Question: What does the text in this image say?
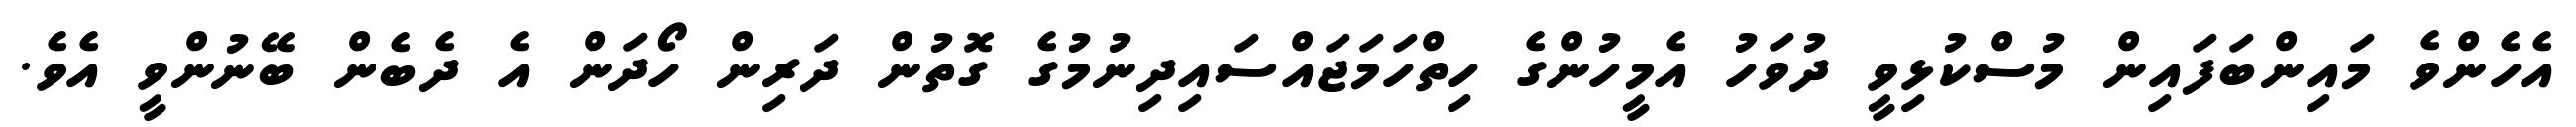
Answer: އެހެންވެ މައިންބަފައިން މުސްކުޅިވީ ދުވަހު އެމީހުންގެ ހިތްހަމަޖައްސައިދިނުމުގެ ގޮތުން ދަރިން ހޯދަން އެ ދެބެން ބޭނުންވީ އެވެ.